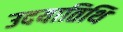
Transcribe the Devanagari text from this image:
उदयातिथि